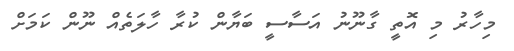
މިހާރު މި އޮތީ ގާނޫނު އަސާސީ ބަޔާން ކުރާ ހާލަތެއް ނޫން ކަމަށް